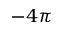
- 4 \pi